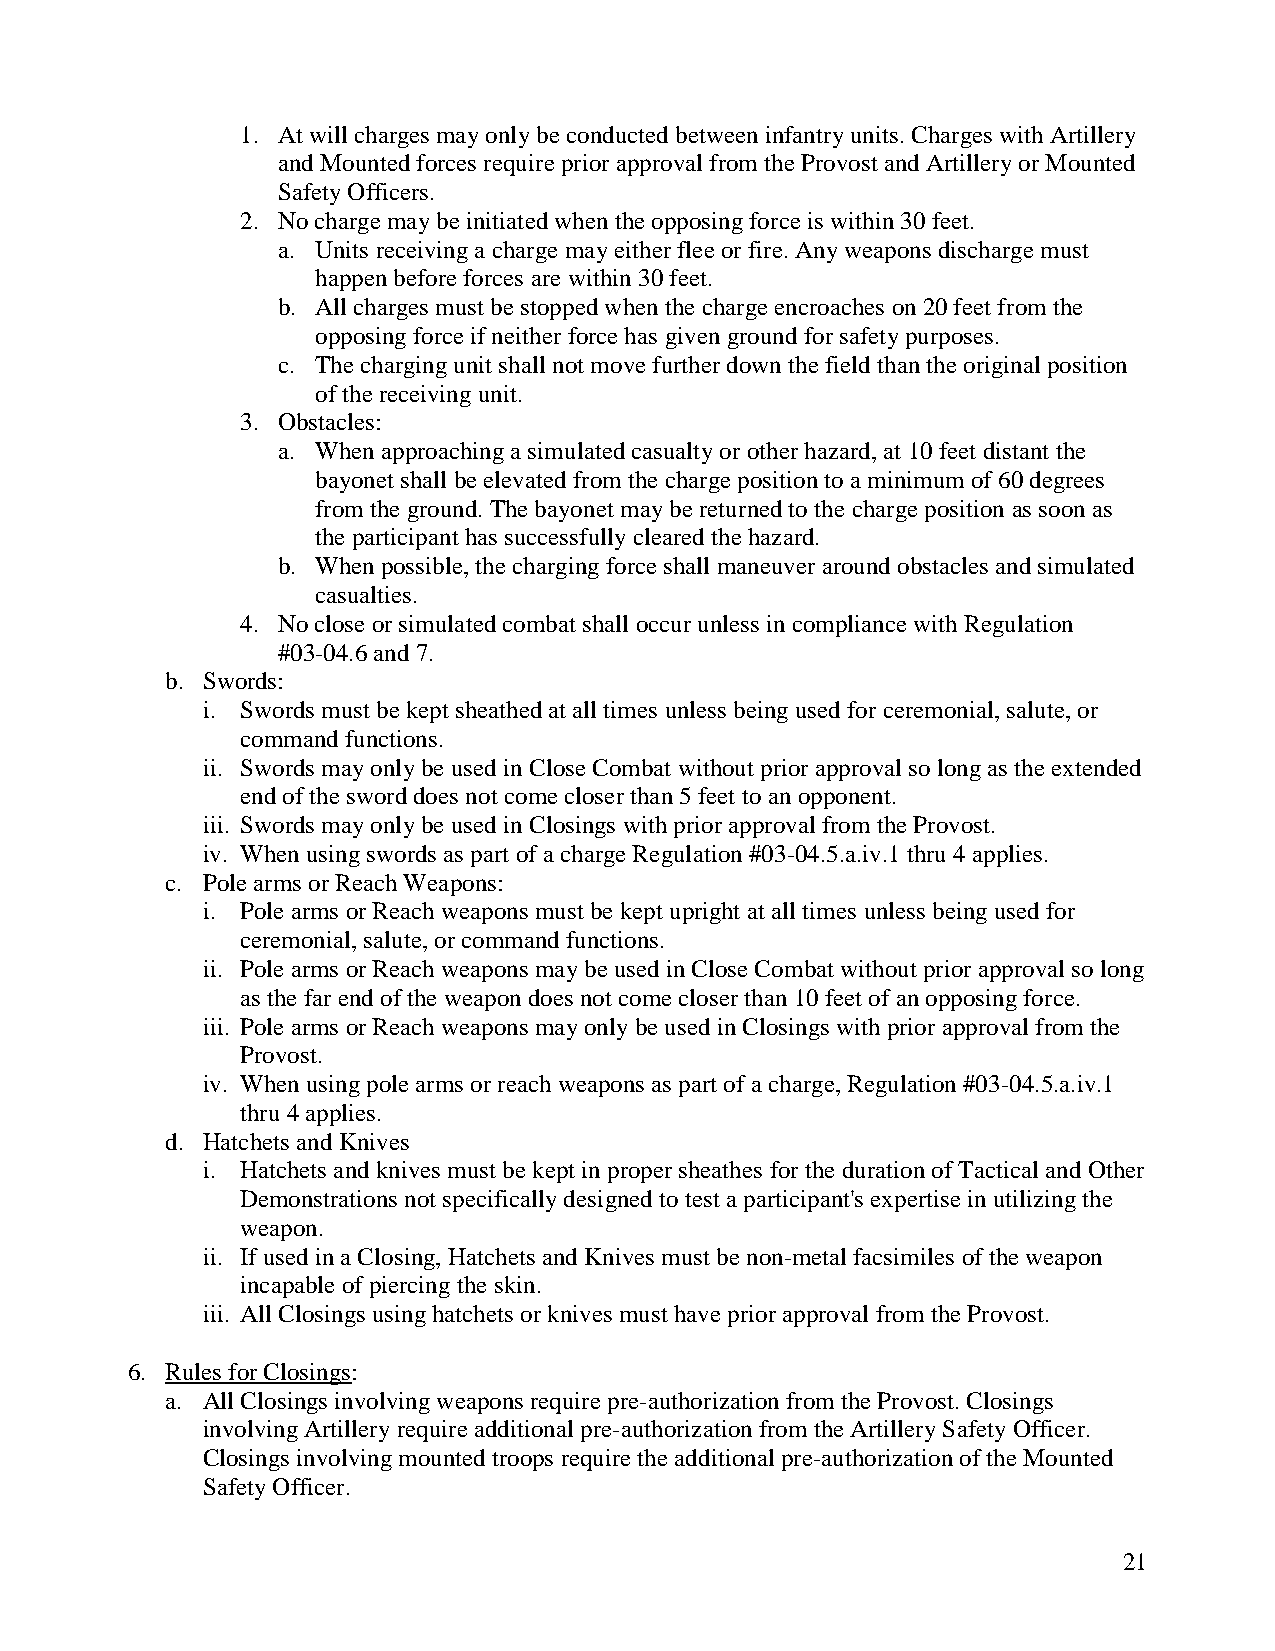
1. At will charges may only be conducted between infantry units. Charges with Artillery
 and Mounted forces require prior approval from the Provost and Artillery or Mounted
 Safety Officers.
 2. No charge may be initiated when the opposing force is within 30 feet.
 a. Units receiving a charge may either flee or fire. Any weapons discharge must
 happen before forces are within 30 feet.
 b. All charges must be stopped when the charge encroaches on 20 feet from the
 opposing force if neither force has given ground for safety purposes.
 c. The charging unit shall not move further down the field than the original position
 of the receiving unit.
 3. Obstacles:
 a. When approaching a simulated casualty or other hazard, at 10 feet distant the
 bayonet shall be elevated from the charge position to a minimum of 60 degrees
 from the ground. The bayonet may be returned to the charge position as soon as
 the participant has successfully cleared the hazard.
 b. When possible, the charging force shall maneuver around obstacles and simulated
 casualties.
 4. No close or simulated combat shall occur unless in compliance with Regulation
 #03-04.6 and 7.
 b. Swords:
 i. Swords must be kept sheathed at all times unless being used for ceremonial, salute, or
 command functions.
 ii. Swords may only be used in Close Combat without prior approval so long as the extended
 end of the sword does not come closer than 5 feet to an opponent.
 iii. Swords may only be used in Closings with prior approval from the Provost.
 iv. When using swords as part of a charge Regulation #03-04.5.a.iv.1 thru 4 applies.
 c. Pole arms or Reach Weapons:
 i. Pole arms or Reach weapons must be kept upright at all times unless being used for
 ceremonial, salute, or command functions.
 ii. Pole arms or Reach weapons may be used in Close Combat without prior approval so long
 as the far end of the weapon does not come closer than 10 feet of an opposing force.
 iii. Pole arms or Reach weapons may only be used in Closings with prior approval from the
 Provost.
 iv. When using pole arms or reach weapons as part of a charge, Regulation #03-04.5.a.iv.1
 thru 4 applies.
 d. Hatchets and Knives
 i. Hatchets and knives must be kept in proper sheathes for the duration of Tactical and Other
 Demonstrations not specifically designed to test a participant's expertise in utilizing the
 weapon.
 ii. If used in a Closing, Hatchets and Knives must be non-metal facsimiles of the weapon
 incapable of piercing the skin.
 iii. All Closings using hatchets or knives must have prior approval from the Provost.
 6. Rules for Closings:
 a. All Closings involving weapons require pre-authorization from the Provost. Closings
 involving Artillery require additional pre-authorization from the Artillery Safety Officer.
 Closings involving mounted troops require the additional pre-authorization of the Mounted
 Safety Officer.
 21